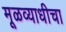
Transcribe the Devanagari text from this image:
मूळव्याधीचा